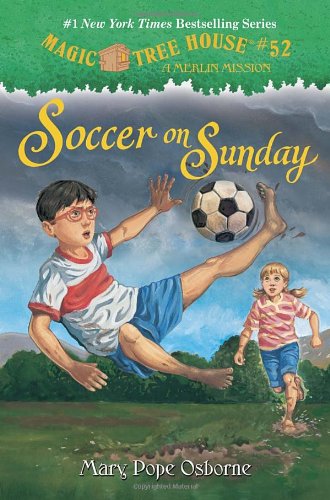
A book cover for Magic Tree House #52: Soccer on Sunday (A Stepping Stone Book(TM)); Mary Pope Osborne; Children's Books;